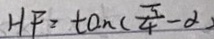
H F = \tan ( \frac { \pi } { 4 } - \alpha )